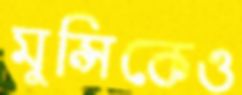
মুন্সিকেও